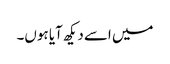
میں اسے دیکھ آیا ہوں۔